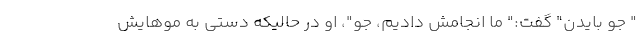
" جو بایدن" گفت:" ما انجامش دادیم، جو"، او در حالیکه دستی به موهایش